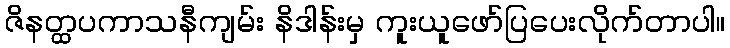
ဇိနတ္ထပကာသနီကျမ်း နိဒါန်းမှ ကူးယူဖော်ပြပေးလိုက်တာပါ။